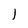
Character: I